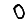
Digit: 0